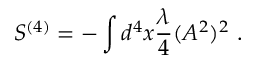
S ^ { ( 4 ) } = - \int d ^ { 4 } x \frac { \lambda } { 4 } ( A ^ { 2 } ) ^ { 2 } \ .